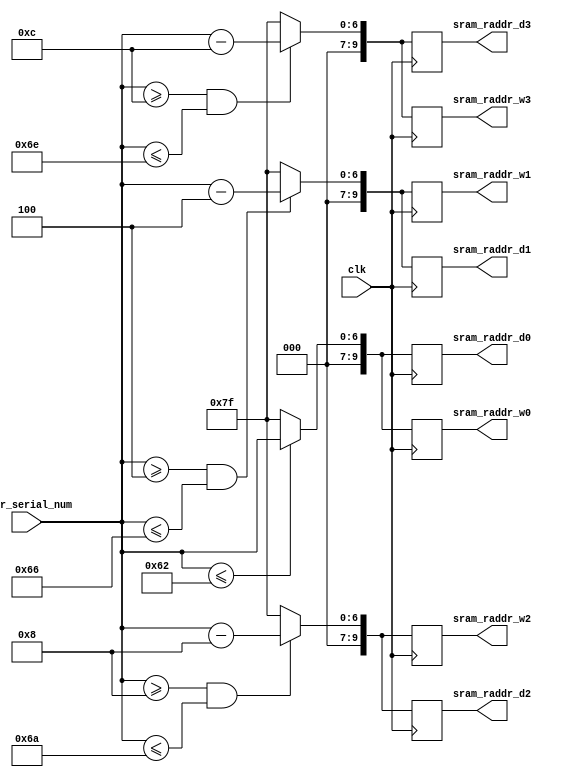
//-------do the address select for 32 queue, each queue size 32+32-1---


module addr_sel
    (
        input clk,
        input [6:0] addr_serial_num,							//max = 126, setting all of the addr127 = 0
        
        //sel for w0~w7
        output reg [9:0] sram_raddr_w0,			//queue 0~3
        output reg [9:0] sram_raddr_w1,			//queue 4~7
        output reg [9:0] sram_raddr_w2,			//queue 8~11
        output reg [9:0] sram_raddr_w3,			//queue 12~15
    
        //sel for d0~d7
        output reg [9:0] sram_raddr_d0,
        output reg [9:0] sram_raddr_d1,
        output reg [9:0] sram_raddr_d2,
        output reg [9:0] sram_raddr_d3
    );
    
    wire [9:0] sram_raddr_w0_nx;			//queue 0~3
    wire [9:0] sram_raddr_w1_nx;			//queue 4~7
    wire [9:0] sram_raddr_w2_nx;			//queue 8~11
    wire [9:0] sram_raddr_w3_nx;			//queue 12~15
    
    //sel for d0~d7
    wire [9:0] sram_raddr_d0_nx;
    wire [9:0] sram_raddr_d1_nx;
    wire [9:0] sram_raddr_d2_nx;
    wire [9:0] sram_raddr_d3_nx;
    
    always@(posedge clk) begin				//fit in output flip-flop
        sram_raddr_w0 <= sram_raddr_w0_nx;
        sram_raddr_w1 <= sram_raddr_w1_nx;
        sram_raddr_w2 <= sram_raddr_w2_nx;
        sram_raddr_w3 <= sram_raddr_w3_nx;
    
        sram_raddr_d0 <= sram_raddr_d0_nx;
        sram_raddr_d1 <= sram_raddr_d1_nx;
        sram_raddr_d2 <= sram_raddr_d2_nx;
        sram_raddr_d3 <= sram_raddr_d3_nx;
    end
    
    assign sram_raddr_w0_nx = (addr_serial_num<=98)? { {3{1'd0}} , addr_serial_num} : 127;
    assign sram_raddr_w1_nx = (addr_serial_num>=4 && addr_serial_num<=102)? { {3{1'd0}} , addr_serial_num-7'd4} : 127;
    assign sram_raddr_w2_nx = (addr_serial_num>=8 && addr_serial_num<=106)? { {3{1'd0}} , addr_serial_num-7'd8} : 127;
    assign sram_raddr_w3_nx = (addr_serial_num>=12 && addr_serial_num<=110)? { {3{1'd0}} , addr_serial_num-7'd12} : 127;
    
    assign sram_raddr_d0_nx = (addr_serial_num<=98)? { {3{1'd0}} , addr_serial_num} : 127;
    assign sram_raddr_d1_nx = (addr_serial_num>=4 && addr_serial_num<=102)? { {3{1'd0}} , addr_serial_num-7'd4} : 127;
    assign sram_raddr_d2_nx = (addr_serial_num>=8 && addr_serial_num<=106)? { {3{1'd0}} , addr_serial_num-7'd8} : 127;
    assign sram_raddr_d3_nx = (addr_serial_num>=12 && addr_serial_num<=110)? { {3{1'd0}} , addr_serial_num-7'd12} : 127;
    
    
    endmodule